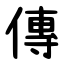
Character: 傳